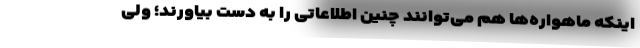
اینکه ماهواره‌ها هم می‌توانند چنین اطلاعاتی را به دست بیاورند؛ ولی